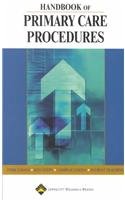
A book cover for Handbook of Primary Care Procedures (Orthopaedic Surgery Essentials); Springhouse; Medical Books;